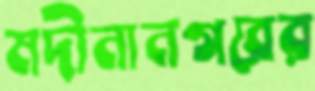
মদীনানগরের